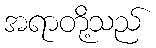
အရာတို့သည်